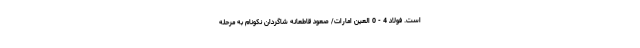
است. فولاد 4 - 0 العین امارات/ صعود قاطعانه شاگردان نکونام به مرحله